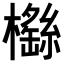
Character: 𣞿